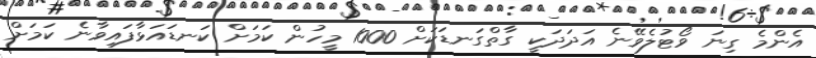
އެންމެ ގިނަ ވޯޓުލެވޭނެ އަދަދަކީ ގާތްގަނޑަކަށް 1000 މީހުން ކަމަށް ކަނޑައަޅާފައިވާނެ ކަމަށް